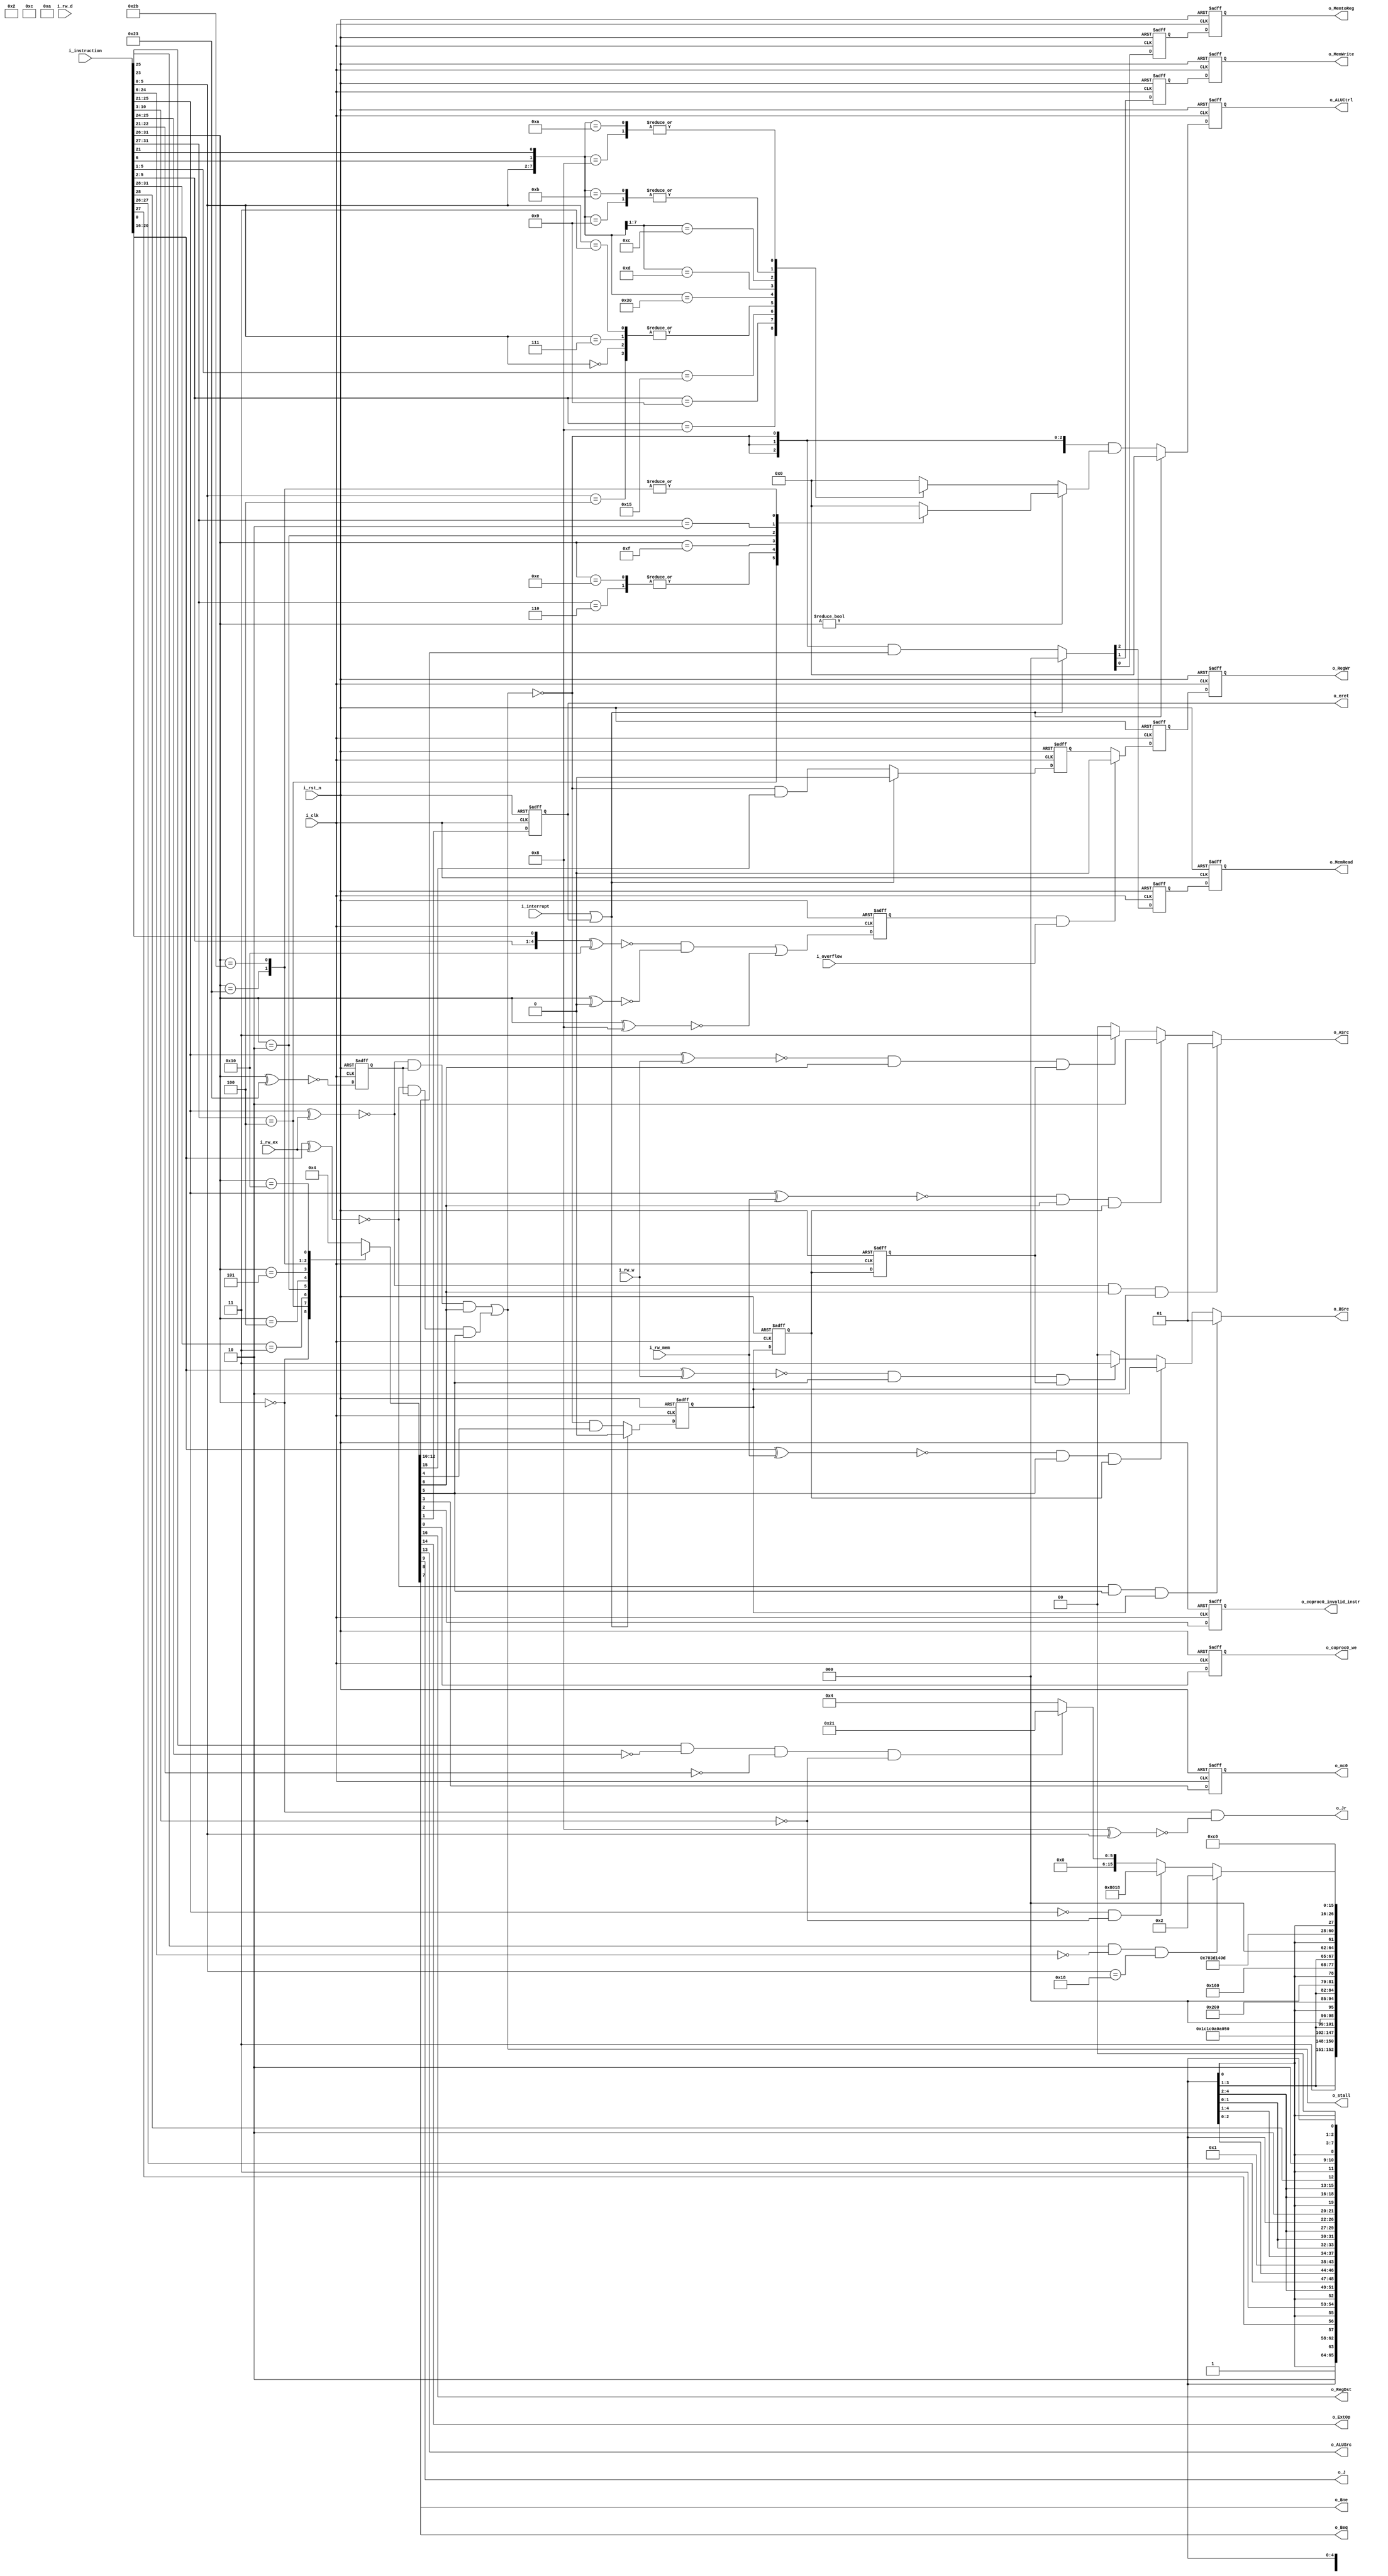
//Control path
`timescale 1ns/1ps
 
 module Pipeline_control_path(	i_clk,
		 						i_rst_n,
					 			i_instruction,		//instruction [31:0]
					 			i_overflow,
		 				 		i_rw_d,				//RegWr
								i_rw_ex,			//RegWr reg at execute phase
								i_rw_mem,			//RegWr reg	at memory phase
								i_rw_w,				//RegWr reg	at write back phase
								i_interrupt,
		 					 	o_RegDst,			//Rt = 1 or Rd = 0 at RW
								o_RegWr,			//write in Registers = 1
								o_ExtOp,			//signed = 1 or unsigned = 0 extend of Imm16 befor ALU
								o_ALUSrc,			//R  = 0 or I = 1  instruction goes to ALU
								o_ALUCtrl,			//ALU Control
								o_MemRead,			//read from Data memory = 1
								o_MemWrite,			//write to Data Memory = 0
								o_MemtoReg,			//write to Registers from Data memory = 1 ot from ALU = 0
								o_J,				//Jump
								o_Jr,				//Jump to address in register
								o_Beq,				//beq
								o_Bne,				//bne
								o_ASrc,				//bypass_mux for rs
								o_BSrc,				//bypass_mux for rt
								o_stall,			//stall signal
								o_mc0,					//move coproc0
								o_coproc0_invalid_instr,//	invalid instruction interrupt
								o_eret,					//	eret control flag
								o_coproc0_we			// 	write enable for coproc0
							 	);
input	[31:0] 	i_instruction;
input		i_interrupt;
input 		i_clk;
input		i_rst_n;
input [4:0] i_rw_d;
input [4:0] i_rw_ex;
input [4:0] i_rw_mem;
input [4:0] i_rw_w;
input 		i_overflow;

output				o_RegDst;			
output	reg 		o_RegWr;			
output				o_ExtOp;			
output				o_ALUSrc;			
output	reg [10:0] 	o_ALUCtrl;			
output	reg 		o_MemRead;			
output	reg 		o_MemWrite;			
output	reg 		o_MemtoReg;			
output				o_J;
output 				o_Jr;				
output				o_Beq;				
output				o_Bne;
output reg [1:0] 	o_ASrc;
output reg [1:0] 	o_BSrc;
output 				o_stall;
output reg			o_mc0;					
output reg			o_coproc0_invalid_instr;
output reg			o_eret;					
output reg			o_coproc0_we;			

////////////////////////////////////////////////////////////////////
//					INITIALIZATION VARIABLES
////////////////////////////////////////////////////////////////////
wire [5:0]	opcode;
wire [5:0]	funct;
wire [1:0] 	R6_21;
wire [4:0]	i_rs;				
wire [4:0]	i_rt;				
		 				 		
wire			RegDst;			
wire			RegWr;			
wire			ExtOp;			
wire			ALUSrc;			
wire	[10:0] 	ALUCtrl;			
wire			MemRead;			
wire			MemWrite;			
wire			MemtoReg;			
wire			J;
wire 			Jr;				
wire			Beq;				
wire			Bne;

wire 			add_sub_addi;
reg				add_sub_addi_r;

reg				ex_MemRead;
reg 			ex_MemWrite;
reg 			ex_MemtoReg;
reg 			ex_RegWr;
reg 			mem_RegWr;
//exception
wire			d_mc0;					
wire			d_coproc0_invalid_instr;
wire			d_eret;					
wire			d_coproc0_we;
//Main Control
reg [16:0]	main_control;						//o_RegDst, t_RegWr, o_ExtOp, o_ALUSrc, o_MemRead, o_MemWrite, o_MemtoReg, o_J, o_Beq, o_Bne;
//ALU Control
reg [10:0]	alu_funct;							//o_ALUCtrl for R instruction
reg [10:0]	alu_opcode;							//o_ALUCtrl for I instruction
//Bypass
wire read_A;
wire read_B;
wire write_d;
reg write_ex;
reg write_mem;
reg write_w;
//stall
wire stall;
reg stall_r;


assign opcode = i_instruction[31:26];
assign funct = i_instruction[5:0];
assign R6_21 = {i_instruction[6],i_instruction[21]};
assign i_rs = i_instruction[25:21];
assign i_rt = i_instruction[20:16];
////////////////////////////////////////////////////////////////////
//					OUTPUT
////////////////////////////////////////////////////////////////////
assign 	o_ExtOp = ExtOp;			
assign	o_ALUSrc = ALUSrc;
assign	o_J = J;
assign 	o_Jr = Jr;				
assign	o_Beq = Beq;				
assign	o_Bne = Bne;
assign 	o_RegDst = RegDst;

assign add_sub_addi = (((!({funct[5:2], funct[0]} ^ 5'b10000))&(!(opcode^6'b000000))) || !( opcode^6'b001000 ) ); //if overflow, write nothing

//pipeline
always@(posedge i_clk, negedge i_rst_n) begin
	if(!i_rst_n)begin
		o_ALUCtrl <= 11'h000;
		
		{ex_MemRead, ex_MemWrite, ex_MemtoReg} <= 3'b000;			
		{o_MemRead, o_MemWrite,	o_MemtoReg}	<= 3'b000;

		ex_RegWr <= 1'b0;
		mem_RegWr <= 1'b0;	
		o_RegWr <= 1'b0;

		write_ex <= 1'b0;
		write_mem <= 1'b0;
		write_w <= 1'b0;

		add_sub_addi_r <= 1'b0;

		o_mc0 <= 0;					
		o_coproc0_invalid_instr <= 0;
		o_eret <= 0;					
		o_coproc0_we <= 0;
	end
	else begin
		if(i_interrupt| o_eret) begin
			o_ALUCtrl <= 11'h000;
			{ex_MemRead, ex_MemWrite, ex_MemtoReg} <= 3'b000;
			ex_RegWr <= 1'b0;	
			write_ex <= 1'b0;
		end 
		else begin
			o_ALUCtrl <= {11{!stall}}&ALUCtrl;
			{ex_MemRead, ex_MemWrite, ex_MemtoReg} <= {3{!stall}}&{MemRead, MemWrite, MemtoReg};
			ex_RegWr <= {!stall}&RegWr;
			write_ex <= {!stall}&write_d;
		end
			{o_MemRead, o_MemWrite,	o_MemtoReg} <= {ex_MemRead, ex_MemWrite, ex_MemtoReg}; 
			
			mem_RegWr <=  (add_sub_addi_r & i_overflow) ? 0 : ex_RegWr;			//(add,sub || addi), if overflow o_RegWr = 0 
			o_RegWr <=mem_RegWr;


			write_mem <= write_ex;
			write_w <= write_mem;

			add_sub_addi_r <= add_sub_addi;

			o_mc0 <= d_mc0;					
			o_coproc0_invalid_instr <= d_coproc0_invalid_instr;
			o_eret <= d_eret;					
			o_coproc0_we <= d_coproc0_we;
	end
end
////////////////////////////////////////////////////////////////////
//					MAIN CONTROL
////////////////////////////////////////////////////////////////////
always@* begin
	casez(opcode)
	//o_RegDst, o_RegWr		o_ExtOp,o_ALUSrc,o_MemRead,o_MemWrite		o_MemtoReg,o_J,o_Beq,o_Bne 		read_A, read_B, write_d    o_mc0,o_coproc0_invalid_instr,o_eret,o_coproc0_we;
	6'b000000:	main_control = 17'b11_x0x0_0000_111_0000;//R
	6'b00100?:	main_control = 17'b01_1100_0000_101_0000;//addi,addiu
	6'b0011??:	main_control = 17'b01_0100_0000_101_0000;//andi,ori,xori,lui
	6'b000010:	main_control = 17'bx0_x000_x100_000_0000;//j
	6'b000100:	main_control = 17'bx0_x000_x010_110_0000;//beq
	6'b000101:	main_control = 17'bx0_x000_x001_110_0000;//bne
	6'b100011:	main_control = 17'b01_1110_1000_101_0000;//lw
	6'b101011:	main_control = 17'b00_1101_x000_110_0000;//sw
	6'b010000:	begin
					if(i_instruction[25]&(!i_instruction[24:6])&(i_instruction[5:0] == 6'b011000))	begin	//eret if(instruction[25:0] == 26'b1_000000000000000000_011000)	
						main_control = 17'b00_0000_0000_000_0010;
					end 
					else if(!i_instruction[25:21]&!i_instruction[10:3])									//mfc0 if(instruction[25:3] == 23'b00000_xxxxxxxxxx_00000000)	
						main_control = 17'b01_0000_0000_001_1000;
					else if(i_instruction[23]&!i_instruction[25:24]&!i_instruction[22:21]&!i_instruction[10:3])	//mtc0   if(instruction[25:3] == 23'b00100_xxxxxxxxxx_00000000)
						main_control = 17'b00_0000_0000_010_0001;
					else 
						main_control = 17'b00_0000_0000_000_0100;//invalid instruction
				end

	default: 	main_control = 17'b00_0000_0000_000_0100;//invalid instruction
	endcase
end
assign	{ RegDst, RegWr, ExtOp, ALUSrc, MemRead, MemWrite, MemtoReg, J, Beq, Bne, read_A, read_B, write_d,d_mc0, d_coproc0_invalid_instr, d_eret,d_coproc0_we } = main_control;
assign  Jr = (!opcode)&(!(6'b001000^funct));
////////////////////////////////////////////////////////////////////
//					ALU CONTROL
////////////////////////////////////////////////////////////////////
// [1:0]	i_ALU_sel;	//Shift=00, SLT=01, ARITH=10, Logic=11
// [2:0]	i_sh_op;	//LUI,SLL=000, 	SRL =010, SRA=011, 	ROR=001
//						//SLLV=100, SRLV=110, SRAV=111, RORV=101
// [1:0]	i_log_op;	//AND,ANDI=00, OR,ORI=01, XOR,XORI=10, NOR=11 
//			i_ar_op_en	// enable for overflow
// 			i_ar_op;	//ADD,ADDU,ADDI=0, SUB,SUBU,SUBI=1
//			i_slt_op;	//SLT = 0, SLTU = 1;
//i_ALU_sel,	i_sh_op,	i_lui,	i_log_op,	i_ar_op_en, i_ar_op,	i_slt_op
////////////////////////////////////////////////////////////////////
always@* begin
	casez( {funct, R6_21} )														//R instruction
	8'b1000????: 	alu_funct = { 9'b10_xxx_0_xx_1,	funct[1],		1'bx  		};	//add,addu,sub,subu
	8'b1001????: 	alu_funct = { 6'b11_xxx_0,		funct[1:0],	3'b0xx 		};	//and,or,xor,nor
	8'b10101???:	alu_funct = { 10'b01_xxx_0_xx_01, funct[0]			  		}; 	//slt,sltu
	8'b000100??:	alu_funct = { 2'b00, 			funct[2:0],6'b0_xx_0_x_x	};	//sllv
	8'b000000??:	alu_funct = { 2'b00, 			funct[2:0],6'b0_xx_0_x_x	};	//sll
	8'b000111??:	alu_funct = { 2'b00, 			funct[2:0],6'b0_xx_0_x_x	};	//srav
	8'b000011??:	alu_funct = { 2'b00, 			funct[2:0],6'b0_xx_0_x_x	};	//sra
	
	
	
	8'b001100_00:	alu_funct = { 11'bxx_xxx_0_xx_0xx 					 		};  //Jr
	8'b000110_1?:	alu_funct = 11'b00_101_0_xx_0x_x;								//rorv instruction [6]  R = 1
	8'b000110_0?:	alu_funct = 11'b00_110_0_xx_0x_x;								//srlv instruction [6] 	R = 0
	8'b000010_01:	alu_funct = 11'b00_001_0_xx_0x_x;								//ror instruction[21] R = 1
	8'b000010_11:	alu_funct = 11'b00_001_0_xx_0x_x;								//ror instruction[21] R = 1
	8'b000010_00:	alu_funct = 11'b00_010_0_xx_0x_x;								//srl instruction[21] R = 0
	8'b000010_10:	alu_funct = 11'b00_010_0_xx_0x_x;								//srl instruction[21] R = 0
	default: 		alu_funct = 11'b00_0000_00000;									//nop
	endcase

	casez(opcode)																//instruction with opcode
	6'b00100?:	alu_opcode = { 9'b10_xxx_0_xx1,	opcode[1],	1'bx  };		//addi, addiu
	6'b00110?:	alu_opcode = { 6'b11_xxx_0,		opcode[1:0],	3'b0xx };		//andi, ori
	6'b001110:	alu_opcode = { 6'b11_xxx_0,		opcode[1:0],	3'b0xx }; 		//xori
	6'b001111:	alu_opcode = { 11'b00_000_1_xx_0xx 					  };		//lui
	6'b000010:	alu_opcode = { 11'bxx_xxx_0_xx_0xx 					  };		//j
	6'b00010?:	alu_opcode = { 9'b10_xxx_0_xx_0,	opcode[2],	1'bx  };		//beq, bne
	6'b100011:	alu_opcode = { 8'b10_xxx_0_xx,	2'b00,			1'bx  };		//lw,
	6'b101011:	alu_opcode = { 8'b10_xxx_0_xx,	2'b00,			1'bx  };		//sw
	//////	6'b001000	//jr
	default: 	alu_opcode = 11'b00_0000_0000;									//nop
	endcase
end

assign ALUCtrl = opcode ? alu_opcode : alu_funct;

////////////////////////////////////////////////////////////////////
//					BYPASS CONTROL & STALL(LW)
////////////////////////////////////////////////////////////////////
always@* begin
	//for rs 
	case(1'b1)
	(!(i_rs^i_rw_ex)) & read_A & write_ex: 		o_ASrc = 2'b01;
	(!(i_rs^i_rw_mem)) & read_A & write_mem:  	o_ASrc = 2'b10;
	(!(i_rs^i_rw_w)) & read_A & write_w: 		o_ASrc = 2'b11;
	default: 									o_ASrc = 2'b00;
	endcase
	//for rt
	case(1'b1)
	(!(i_rt^i_rw_ex)) & read_B & write_ex: 		o_BSrc = 2'b01;
	(!(i_rt^i_rw_mem)) & read_B & write_mem:  	o_BSrc = 2'b10;
	(!(i_rt^i_rw_w)) & read_B & write_w: 		o_BSrc = 2'b11;
	default: 									o_BSrc = 2'b00;
	endcase

end

//stall
always@(posedge i_clk, negedge i_rst_n) begin		//stall register
 if(~i_rst_n)
 	stall_r <=0;
 else
	stall_r<=!(opcode^6'b100011);
end

assign stall =	((!(i_rs^i_rw_ex))&stall_r&read_A) | 
				((!(i_rt^i_rw_ex))&stall_r&read_B);
assign o_stall = stall ;
 endmodule